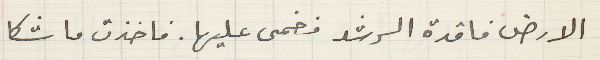
الارض فاقدة الرشد فغمى عليها. فاخذت ماشكا